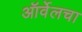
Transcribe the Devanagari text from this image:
ऑर्वेलचा